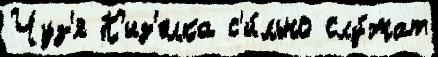
Чуз'я К'из'елка с'и́льно слу́жат